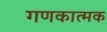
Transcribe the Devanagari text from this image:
गणकात्मक